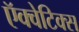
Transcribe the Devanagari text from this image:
ऍक्वेटिक्स